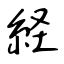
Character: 経